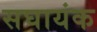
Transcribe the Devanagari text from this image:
सघायंक